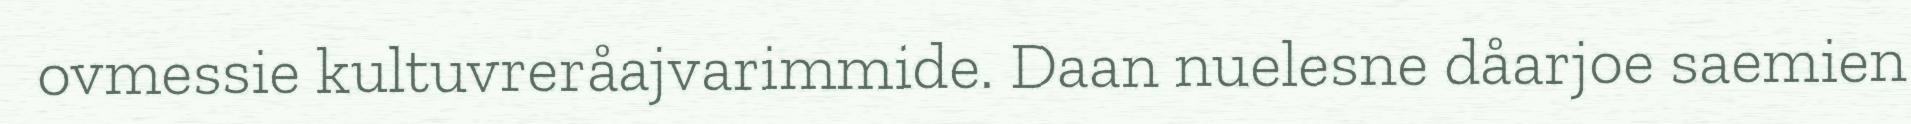
ovmessie kultuvreråajvarimmide. Daan nuelesne dåarjoe saemien